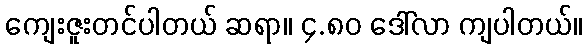
ကျေးဇူးတင်ပါတယ် ဆရာ။ ၄.၈၀ ဒေါ်လာ ကျပါတယ်။